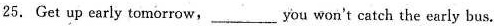
25. Get up early tomorrow,you won't catch the early bus.